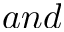
a n d